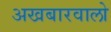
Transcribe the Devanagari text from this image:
अखबारवालो